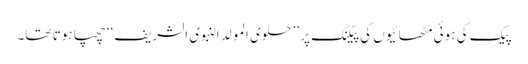
پیک کی ہوئی مٹھائیوں کی پیکنگ پر ’’حلوی المولدالنبوی الشریف‘‘ چھپا ہوتا تھا۔